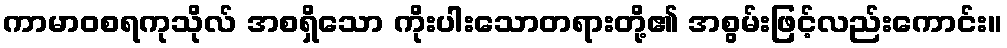
ကာမာဝစရကုသိုလ် အစရှိသော ကိုးပါးသောတရားတို့၏ အစွမ်းဖြင့်လည်းကောင်း။